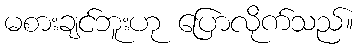
မစားချင်ဘူးဟု ပြောလိုက်သည်။